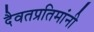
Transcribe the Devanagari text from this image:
दैवतप्रतिमांनी